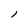
Character: l